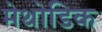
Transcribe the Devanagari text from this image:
मेथोडिक